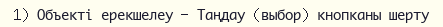
1)	Объекті ерекшелеу – Таңдау (выбор) кнопканы шерту